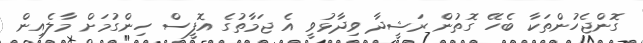
ގޮންޖެހުންތަކާ ބެހޭ ގޮތުން ރަޝީދާ ވިދާޅުވީ އެ ޖަމާތުގެ އޮފީސް ހިންގުމަށް މާލެއިން